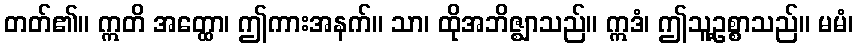
တတ်၏။ ဣတိ အတ္ထော၊ ဤကားအနက်။ သာ၊ ထိုအဘိဇ္ဈာသည်။ ဣဒံ၊ ဤသူ့ဥစ္စာသည်။ မမံ၊